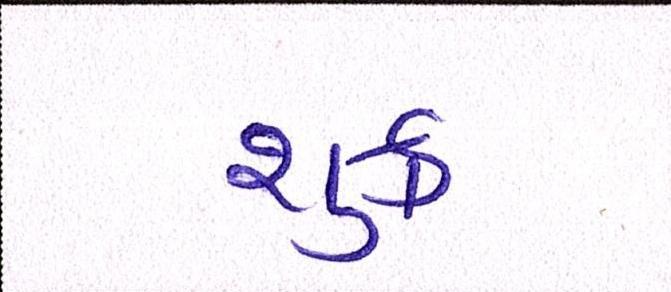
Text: શુક્ર